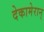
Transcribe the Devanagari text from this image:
देकामेरान्